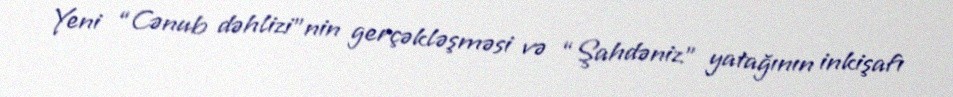
Yeni “Cənub dəhlizi”nin gerçəkləşməsi və “Şahdəniz” yatağının inkişafı